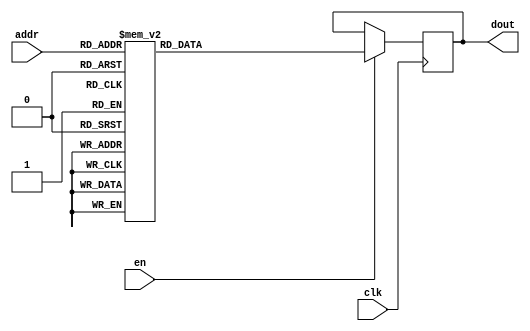
`timescale 1ns / 1ps
/*
Copyright
All right reserved.
Module Name: rom_syn
Author  : Zichuan Liu, Yixing Li and Wenye Liu.
Description:
A synthesized ROM: ROM_DEP x ROM_WID
*/
module DC_6_REF_ROM_2(
// inputs
clk,
en,
addr,
// outputs
dout
);
localparam ROM_WID = 14;
localparam ROM_DEP = 64;
localparam ROM_ADDR = 6;
// input definition
input clk;
input en;
input [ROM_ADDR-1:0] addr;
// output definition
output [ROM_WID-1:0] dout;
reg [ROM_WID-1:0] data;
always @(posedge clk)
begin
if (en) begin
case(addr)
		6'd0: data <= 14'b01001100000011;
		6'd1: data <= 14'b01001011011011;
		6'd2: data <= 14'b01000110010101;
		6'd3: data <= 14'b01001100111000;
		6'd4: data <= 14'b01000111111011;
		6'd5: data <= 14'b01001001010011;
		6'd6: data <= 14'b01001001001000;
		6'd7: data <= 14'b01000100101001;
		6'd8: data <= 14'b01000110001010;
		6'd9: data <= 14'b01000011100011;
		6'd10: data <= 14'b01000111111100;
		6'd11: data <= 14'b01000100111011;
		6'd12: data <= 14'b01001101000010;
		6'd13: data <= 14'b01001001111100;
		6'd14: data <= 14'b01001001100011;
		6'd15: data <= 14'b01000110000010;
		6'd16: data <= 14'b01001100101000;
		6'd17: data <= 14'b01001011111010;
		6'd18: data <= 14'b01000101010001;
		6'd19: data <= 14'b01001011010100;
		6'd20: data <= 14'b01000111000101;
		6'd21: data <= 14'b01001001110001;
		6'd22: data <= 14'b01001011011011;
		6'd23: data <= 14'b01001101111111;
		6'd24: data <= 14'b01001000110110;
		6'd25: data <= 14'b01000111110100;
		6'd26: data <= 14'b01001011100011;
		6'd27: data <= 14'b01001000101001;
		6'd28: data <= 14'b01001100100111;
		6'd29: data <= 14'b01000111110000;
		6'd30: data <= 14'b01001101110011;
		6'd31: data <= 14'b01001100110000;
		6'd32: data <= 14'b01001100000010;
		6'd33: data <= 14'b01000110011111;
		6'd34: data <= 14'b01000111111010;
		6'd35: data <= 14'b01001100011001;
		6'd36: data <= 14'b01001100101000;
		6'd37: data <= 14'b01000111010101;
		6'd38: data <= 14'b01001011001100;
		6'd39: data <= 14'b01001100010101;
		6'd40: data <= 14'b01001100101010;
		6'd41: data <= 14'b01001010111101;
		6'd42: data <= 14'b01000111000100;
		6'd43: data <= 14'b01001011011111;
		6'd44: data <= 14'b01001101110101;
		6'd45: data <= 14'b01001001110110;
		6'd46: data <= 14'b01000111001000;
		6'd47: data <= 14'b01000110000110;
		6'd48: data <= 14'b01001100100011;
		6'd49: data <= 14'b01001000011111;
		6'd50: data <= 14'b01001001110111;
		6'd51: data <= 14'b01001000011010;
		6'd52: data <= 14'b01001000111000;
		6'd53: data <= 14'b01001011000100;
		6'd54: data <= 14'b01001101110100;
		6'd55: data <= 14'b01001011010101;
		6'd56: data <= 14'b01001001011110;
		6'd57: data <= 14'b01001100001110;
		6'd58: data <= 14'b01001110010001;
		6'd59: data <= 14'b01001000110011;
		6'd60: data <= 14'b01001100111101;
		6'd61: data <= 14'b01001111100011;
		6'd62: data <= 14'b01000111100100;
		6'd63: data <= 14'b01001011000101;
		endcase
		end
	end
	assign dout = data;
endmodule